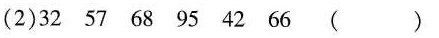
（2）32 57 68 95 42 66 （）